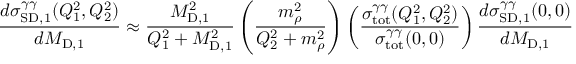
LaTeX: \frac { d \sigma _ { \mathrm { S D } , 1 } ^ { \gamma \gamma } ( Q _ { 1 } ^ { 2 } , Q _ { 2 } ^ { 2 } ) } { d M _ { \mathrm { D } , 1 } } \approx \frac { M _ { \mathrm { D } , 1 } ^ { 2 } } { Q _ { 1 } ^ { 2 } + M _ { \mathrm { D } , 1 } ^ { 2 } } \left( \frac { m _ { \rho } ^ { 2 } } { Q _ { 2 } ^ { 2 } + m _ { \rho } ^ { 2 } } \right) \left( \frac { \sigma _ { \mathrm { t o t } } ^ { \gamma \gamma } ( Q _ { 1 } ^ { 2 } , Q _ { 2 } ^ { 2 } ) } { \sigma _ { \mathrm { t o t } } ^ { \gamma \gamma } ( 0 , 0 ) } \right) \frac { d \sigma _ { \mathrm { S D } , 1 } ^ { \gamma \gamma } ( 0 , 0 ) } { d M _ { \mathrm { D } , 1 } }